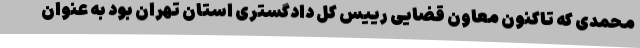
محمدی که تاکنون معاون قضایی رییس کل دادگستری استان تهران بود به عنوان